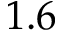
1 . 6